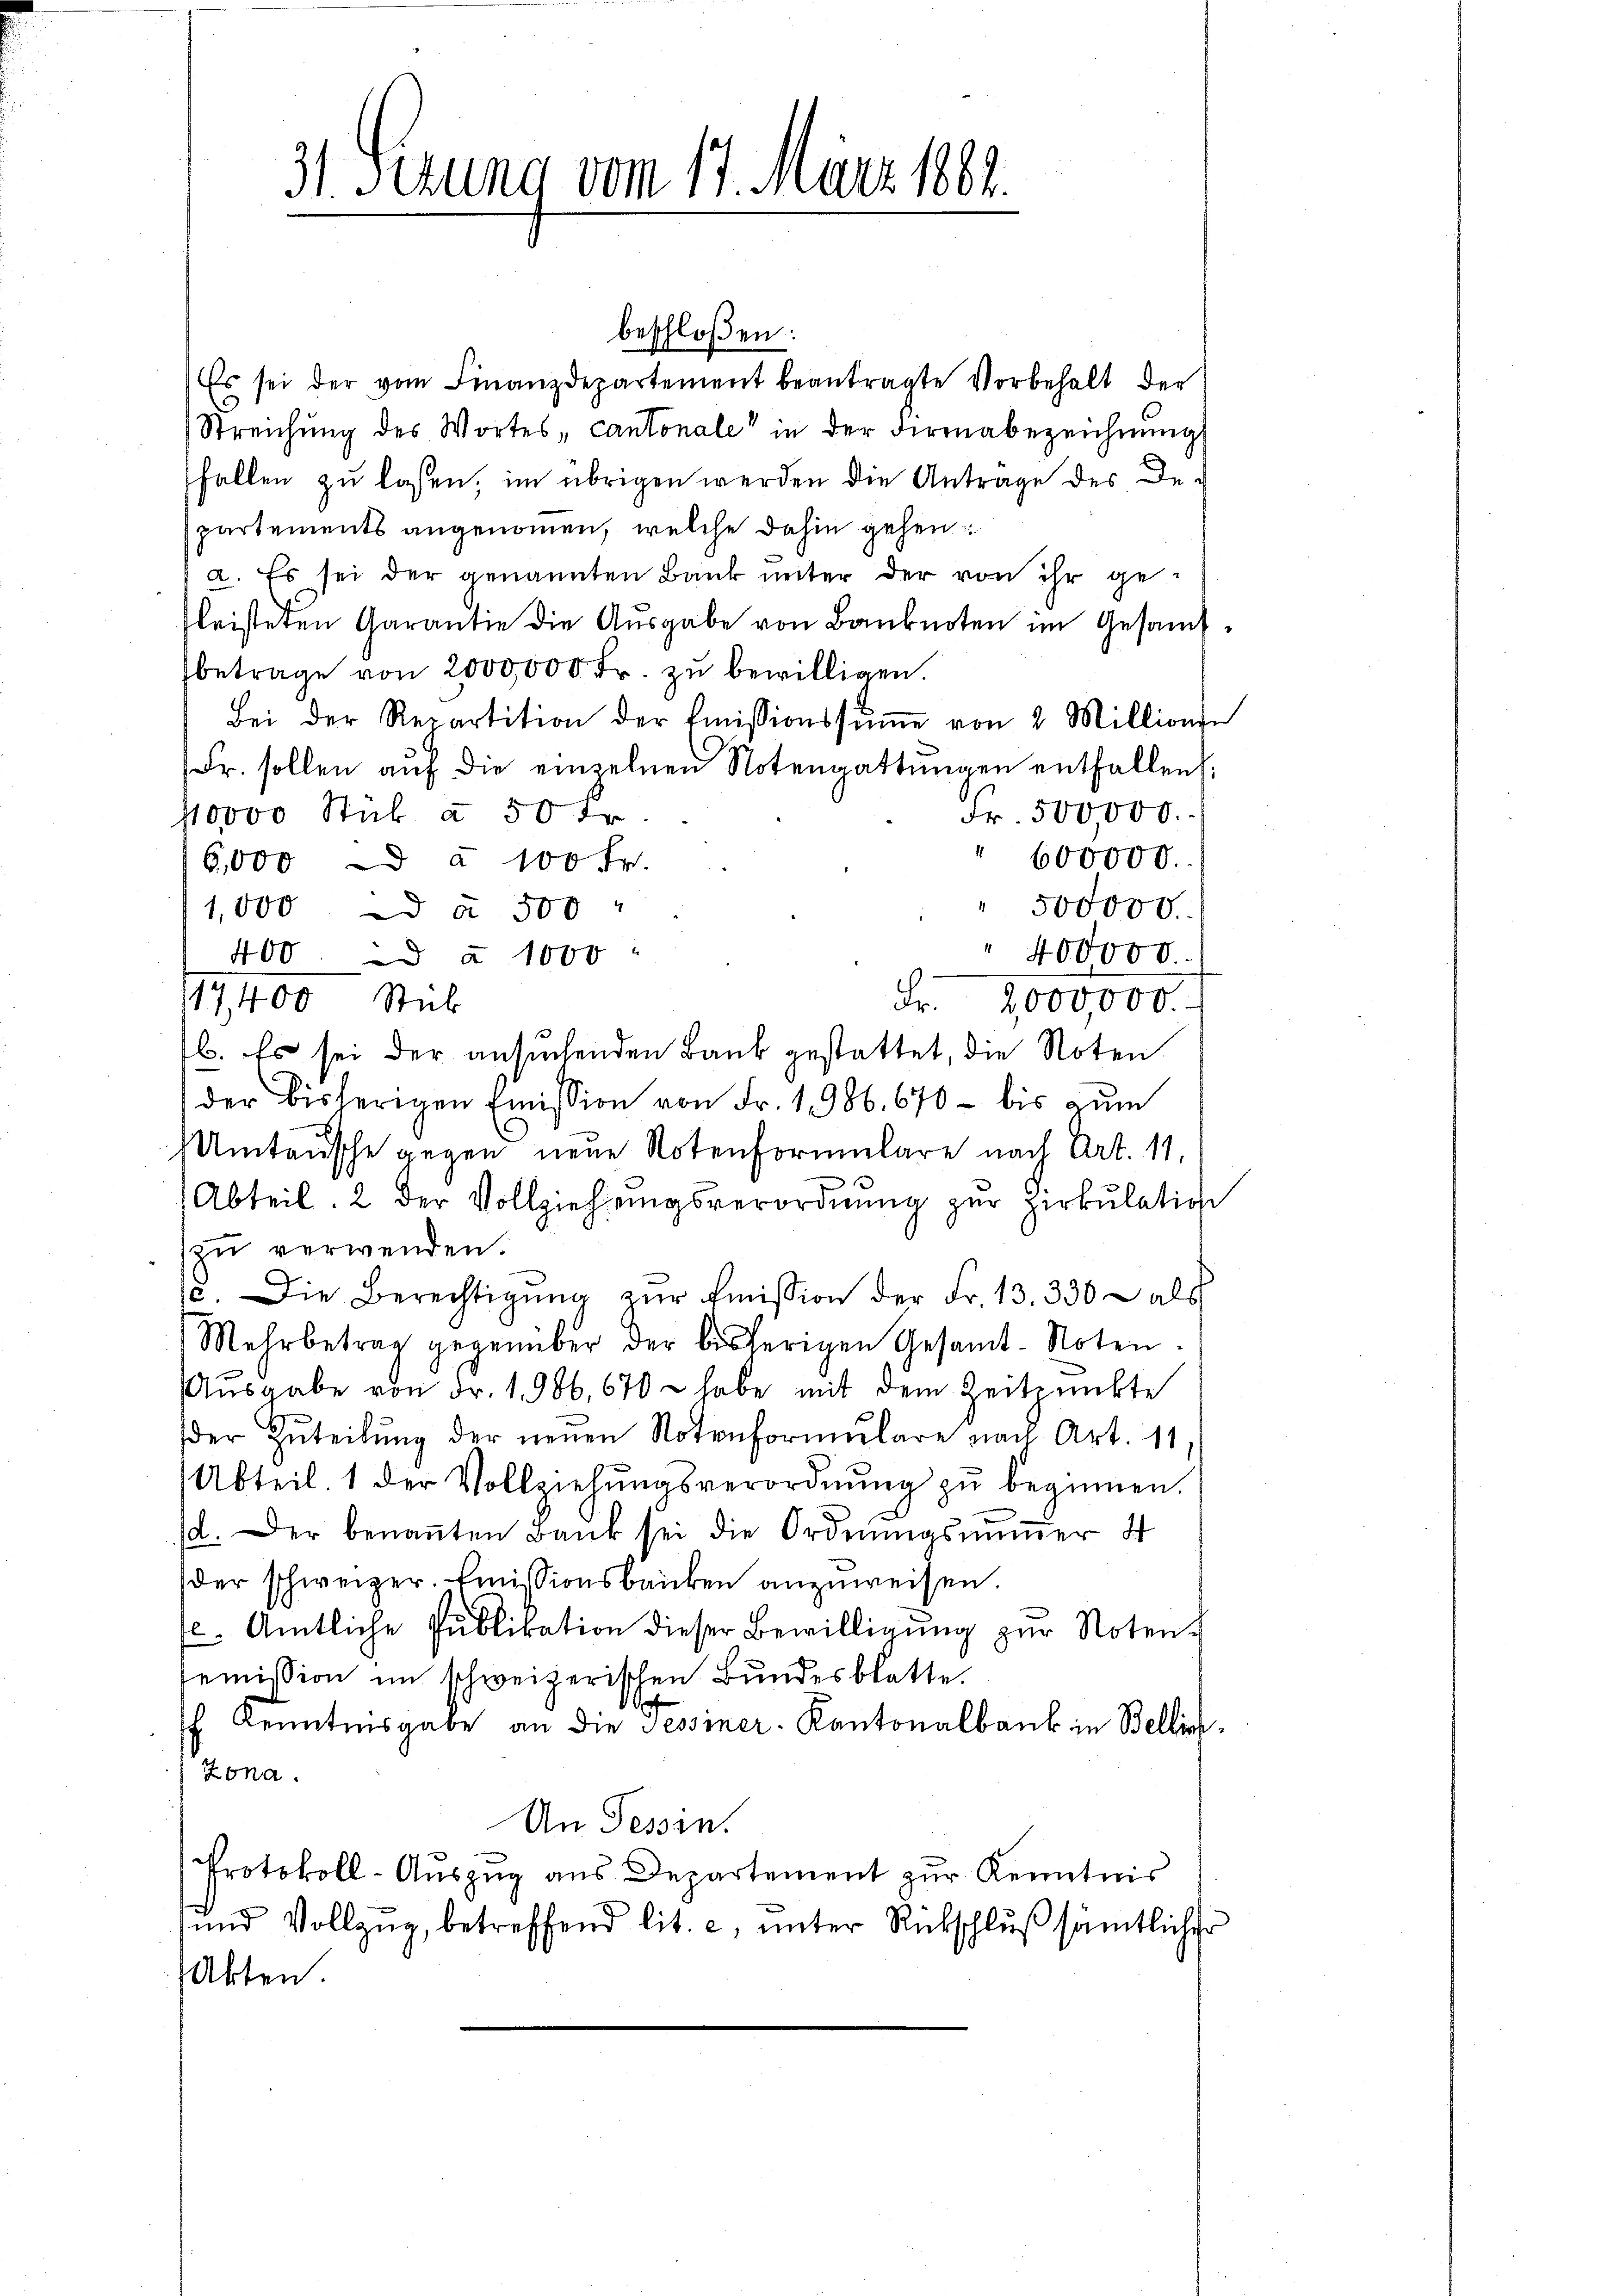
400 à 1000
17,400 Stück

31. Sezung vom 17. März 1882.

beschloßen:
Es sei der vom Finanzdepartement beantragte Vorbehalt der
Streichung des Wortes, cantonale in der Firenabezeichnŭng
fallen zu lassen, im übrigen werden die Anträge des Departements angenommen, welche dahin gehen:
a. Es sei der genannten Bank unter der von ihr gefleisteten Garantie die Aŭsgabe von Banknoten im Gesamt
betrage von 2000,000 Fr. zŭ bewilligen.
Bei der Repartition der Emissionssŭṁe von 2 Million
Fr. sollen aŭf die einzelnen Notengattŭngen entfallen.
Fr. 500000.
,10000 Stük à 50 Fr.
" 600000.
6,000 à 100 Fr.
" 500000.
1,000 à 500
" 400000.
Fr. 1000000. f
b. Es sei der ansuchenden Bank gestattet, die Noten
der bisherigen Emission von Fr. 1986. 670 - bis zŭm
Umtausche gegen neue Notenformulare nach Art. 11.
Abteil. 2 der Vollziehŭngsverordnŭng zŭr Zirkŭlation
zu verwenden.
c. Die Berechtigŭng zŭr Emission der Fr. 13. 330 - als
Mehrbetrag gegenüber der bisherigen Gesamt-Noten.
Ausgabe von Fr. 1. 906, 670 - habe mit dem Zeitpunkte
der Zŭteilŭng der neuen Notenformŭlare nach Art. 11,
Abteil 1 der Vollziehŭngsverordnŭng zŭ beginnen.
d. Der benaṅten Bank sei die Ordnŭngsŭṁer 4
der schweizer. Emissionsbanken anzuweisen
f. Amtliche Pŭblikation dieser Bewilligŭng zŭr Noten-
semission im schweizerischen Bundesblatte.
f Kenntnisgabe an die Tessiner-Kantonalbank in Bellin
Zona.
An Tessin.
Protokoll-Auszug aus Departement zur Kenntnis
ŭnd Vollzŭg, betreffend lit. c, ŭnter Rückschlŭβ sämtlicher
Akten

e

2